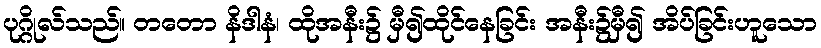
ပုဂ္ဂိုလ်သည်။ တတော နိဒါနံ၊ ထိုအနီး၌ မှီ၍ထိုင်နေခြင်း အနီး၌မှီ၍ အိပ်ခြင်းဟူသော